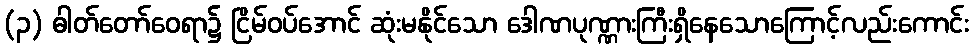
(၃) ဓါတ်တော်ဝေရာ၌ ငြိမ်ဝပ်အောင် ဆုံးမနိုင်သော ဒေါဏပုဏ္ဏားကြီးရှိနေသောကြောင့်လည်းကောင်း